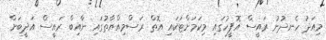
މިއަދު ހެނދުނު ރައީސް އޮފީހުގައި މިކަމަށްޓަކައި އޮތް ރަސްމިއްޔާތުގައި ނާއިބް ރައީސް އަދީބަށް